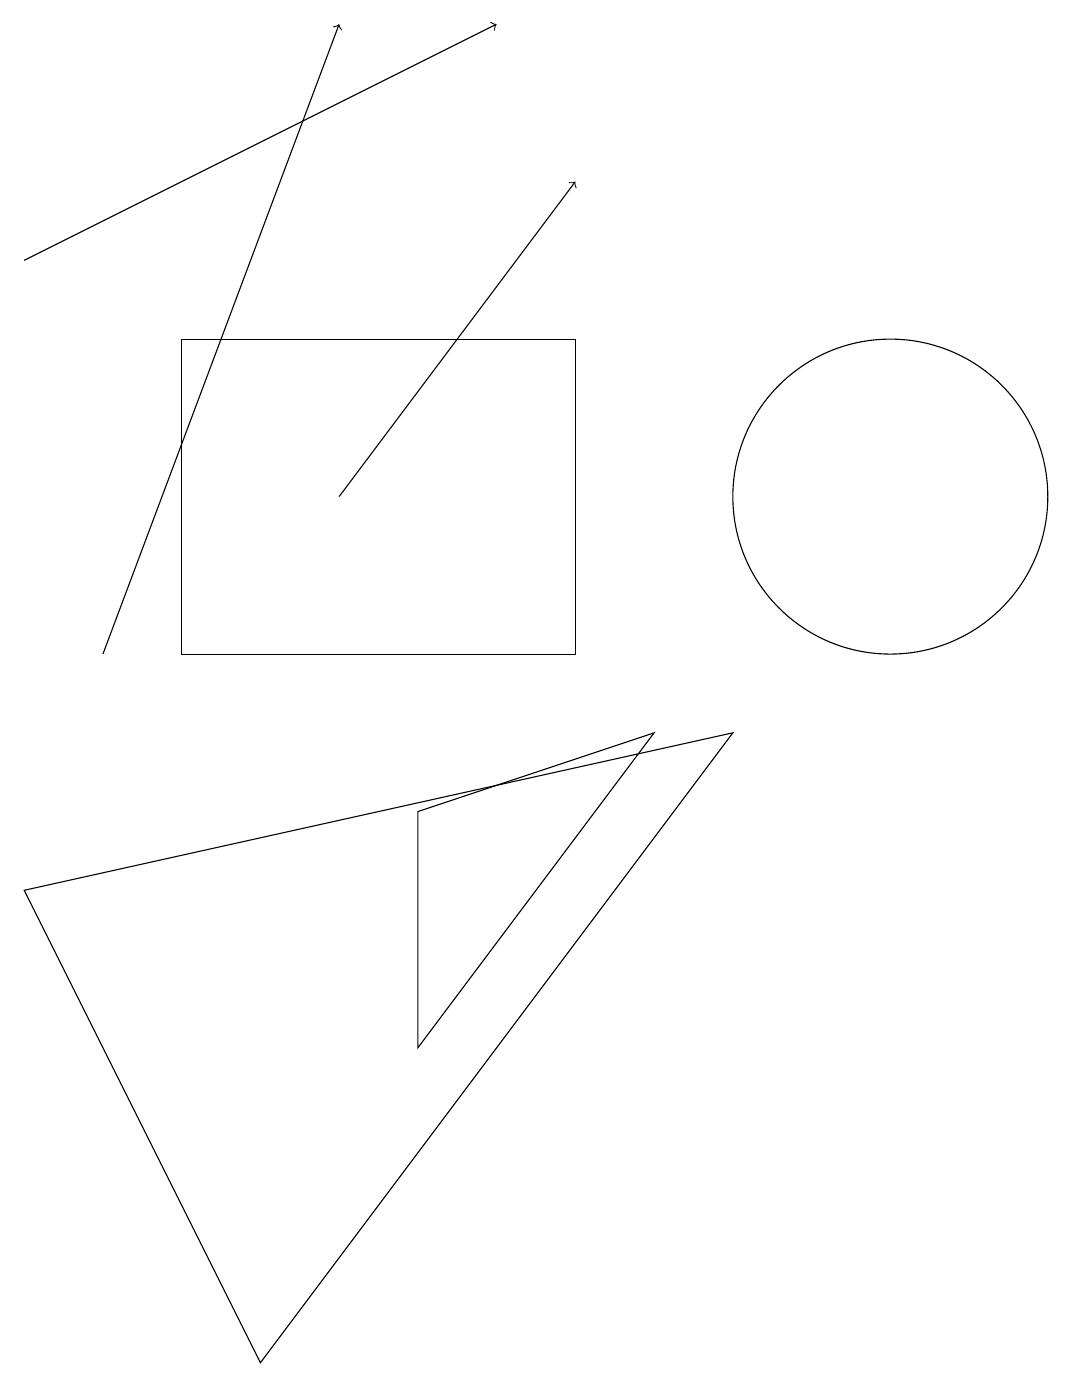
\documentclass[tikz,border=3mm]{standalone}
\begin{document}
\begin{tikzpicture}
\draw[->] (4,12) -- (7,16);
\draw (3,1) -- (9,9) -- (0,7) -- cycle;
\draw (7,14) rectangle (2,10);
\draw[->] (0,15) -- (6,18);
\draw (5,8) -- (5,5) -- (8,9) -- cycle;
\draw[->] (1,10) -- (4,18);
\draw (11,12) circle (2);
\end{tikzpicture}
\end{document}